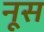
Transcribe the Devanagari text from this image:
नूस